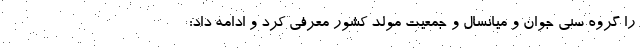
را گروه سنی جوان و میانسال و جمعیت مولد کشور معرفی کرد و ادامه داد: